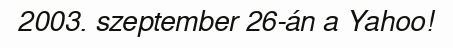
2003. szeptember 26-án a Yahoo!